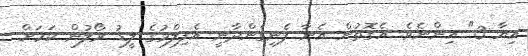
އިޔާ 3" އިންނެވެ. އެގޮތުން އެނާ ފެނިގެންދާނީ އެފިލްމުގެ ލީޑު ރޯލުން ކަމަށް